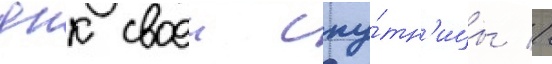
днк своеи спу́тн'ицы //